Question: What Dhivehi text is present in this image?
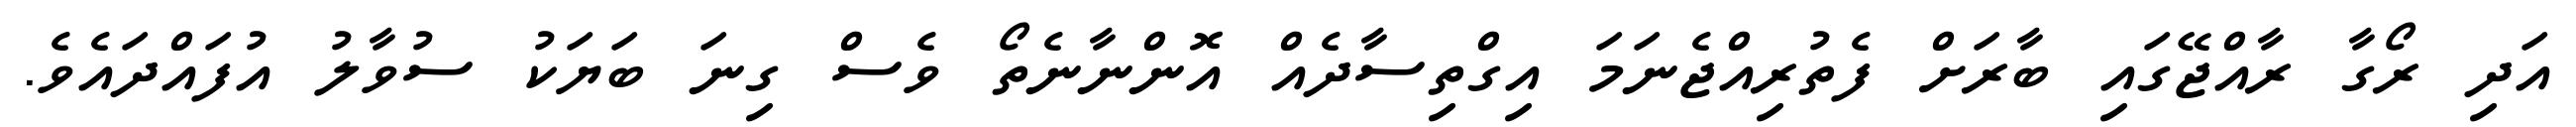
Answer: އަދި ރޯގާ ރާއްޖޭގައި ބާރަށް ފެތުރިއްޖެނަމަ އިގްތިސާދެއް އޮންނާނެތޯ ވެސް ގިނަ ބަޔަކު ސުވާލު އުފައްދައެވެ.